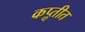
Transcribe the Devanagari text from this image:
कॢप्तीत